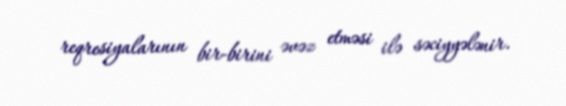
reqresiyalarının bir-birini əvəz etməsi ilə səciyyələnir.